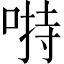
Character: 𱓙